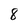
Character: 8